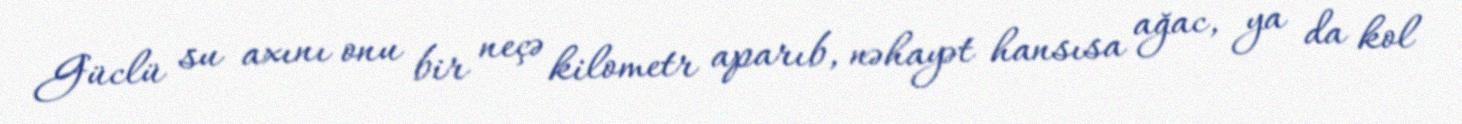
Güclü su axını onu bir neçə kilometr aparıb, nəhayət hansısa ağac, ya da kol